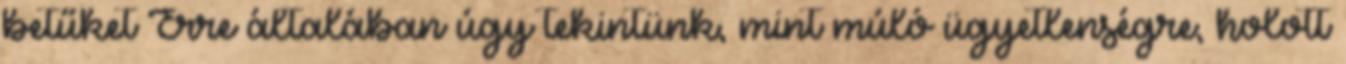
betűket Erre általában úgy tekintünk, mint múló ügyetlenségre, holott